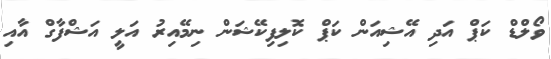
ވޯލްޑް ކަޕް އަދި އޭޝިއަން ކަޕް ކޮލިފިކޭޝަން ނިމޭއިރު އަލީ އަޝްފާގް އާއި